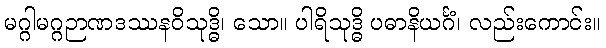
မဂ္ဂါမဂ္ဂဉာဏဒဿနဝိသုဒ္ဓိ၊ သော။ ပါရိသုဒ္ဓိ ပဓာနိယင်္ဂံ၊ လည်းကောင်း။